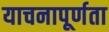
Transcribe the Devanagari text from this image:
याचनापूर्णता